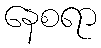
နေစရာ